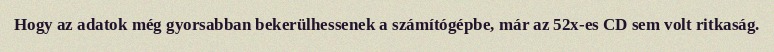
Hogy az adatok még gyorsabban bekerülhessenek a számítógépbe, már az 52x-es CD sem volt ritkaság.